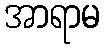
အာရာမ